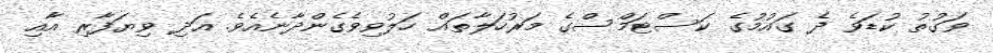
ވަގުތު ކުޑަވެ ދެ ގައުމުގެ ކަސްޓަމްސްގެ މަރުހަލާތައް ހަލުވިވެގެންދާނެއެވެ. އަދި ވިޔަފާރި އާއި